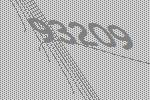
93209